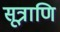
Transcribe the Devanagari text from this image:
सूत्राणि